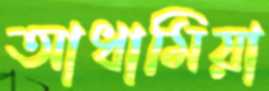
আধামিয়া